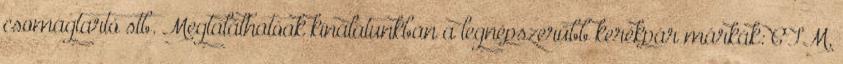
csomagtartó stb. Megtalálhatóak kínálatunkban a legnépszerűbb kerékpár márkák: CTM,